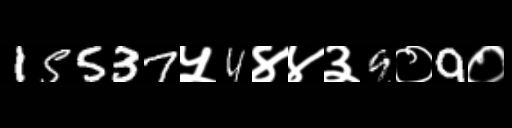
Text: 15537५4४४३9०9०